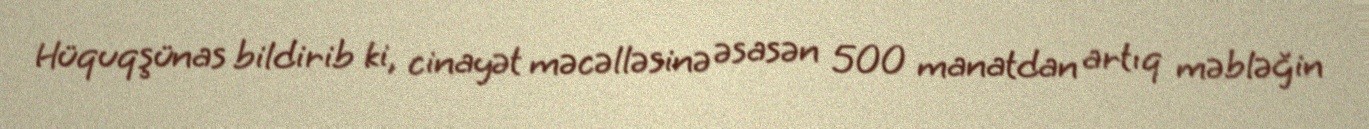
Hüquqşünas bildirib ki, cinayət məcəlləsinə əsasən 500 manatdan artıq məbləğin